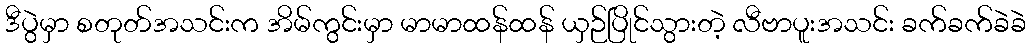
ဒီပွဲမှာ စတုတ်အသင်းက အိမ်ကွင်းမှာ မာမာထန်ထန် ယှဉ်ပြိုင်သွားတဲ့ လီဗာပူးအသင်း ခက်ခက်ခဲခဲ